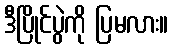
ဒီပြိုင်ပွဲကို ပြမလား။